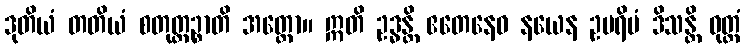
ဒုတိယံ တတိယံ စတုတ္ထဉ္စာတိ အတ္ထော။ ဣတိ ဥဒ္ဓန္တိ ဧတေနေဝ နယေန ဥပရိမံ ဒိသန္တိ ဝုတ္တံ